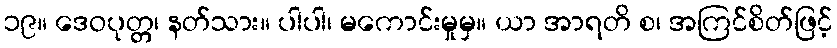
၁၉။ ဒေဝပုတ္တ၊ နတ်သား။ ပါပါ၊ မကောင်းမှုမှ။ ယာ အာရတိ စ၊ အကြင်စိတ်ဖြင့်